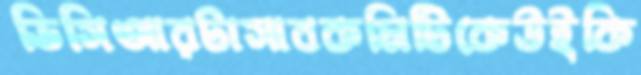
ভিসিআরটাসাবকমিটিকেউইকি